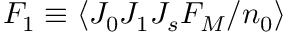
F _ { 1 } \equiv \langle J _ { 0 } J _ { 1 } J _ { s } F _ { M } / n _ { 0 } \rangle